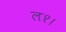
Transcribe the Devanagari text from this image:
ल१।